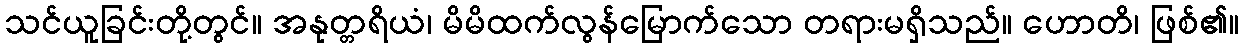
သင်ယူခြင်းတို့တွင်။ အနုတ္တရိယံ၊ မိမိထက်လွန်မြောက်သော တရားမရှိသည်။ ဟောတိ၊ ဖြစ်၏။